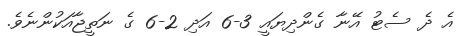
އެ ދެ ސެޓު އޭނާ ގެންދިޔައީ 3-6 އަދި 2-6 ގެ ނަތީޖާއަކުންނެވެ.